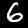
Digit: 6